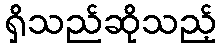
ရှိသည်ဆိုသည့်